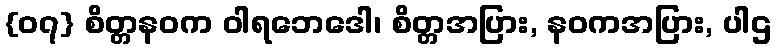
{၀၇} စိတ္တနဝက ဝါရဘေဒေါ၊ စိတ္တအပြား, နဝကအပြား, ပါဌ